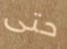
حتى